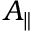
A _ { \parallel }